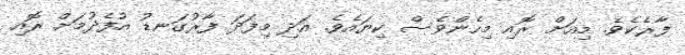
ފާރެކެވެ. މިއަށް ރޮއި މިހެންވެސް ކިޔައެވެ. އަދި މިފަދަ ފާރުގަނޑު އުފެދުމަށް ރޮއި